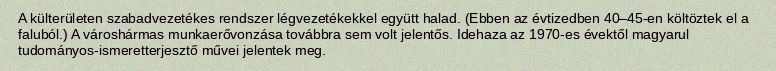
A külterületen szabadvezetékes rendszer légvezetékekkel együtt halad. (Ebben az évtizedben 40–45-en költöztek el a faluból.) A városhármas munkaerővonzása továbbra sem volt jelentős. Idehaza az 1970-es évektől magyarul tudományos-ismeretterjesztő művei jelentek meg.